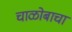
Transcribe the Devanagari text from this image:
चाळोबाचा